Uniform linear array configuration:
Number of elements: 64
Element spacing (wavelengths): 0.75
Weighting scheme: binomial
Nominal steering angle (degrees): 45
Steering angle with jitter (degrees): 46.773
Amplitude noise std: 0.05
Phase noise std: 0.05

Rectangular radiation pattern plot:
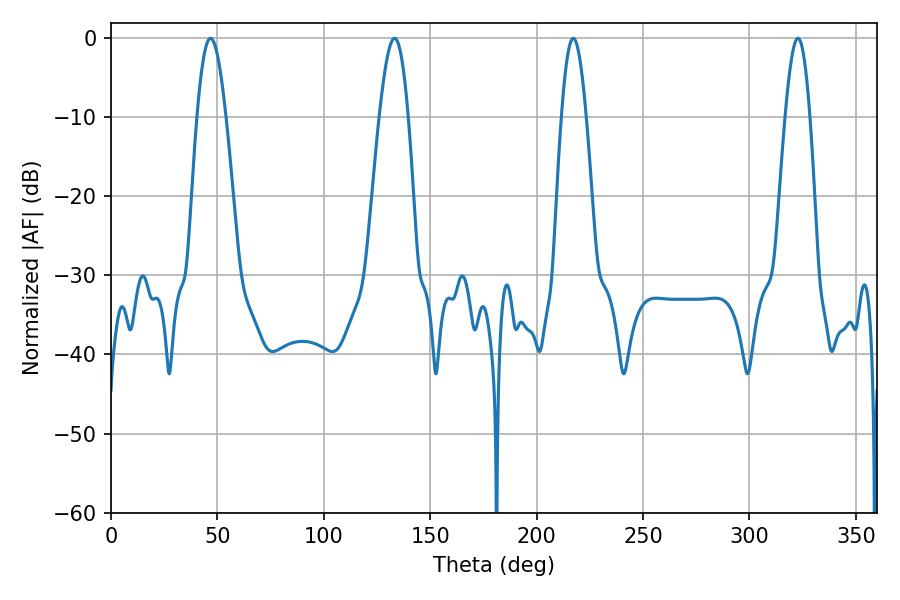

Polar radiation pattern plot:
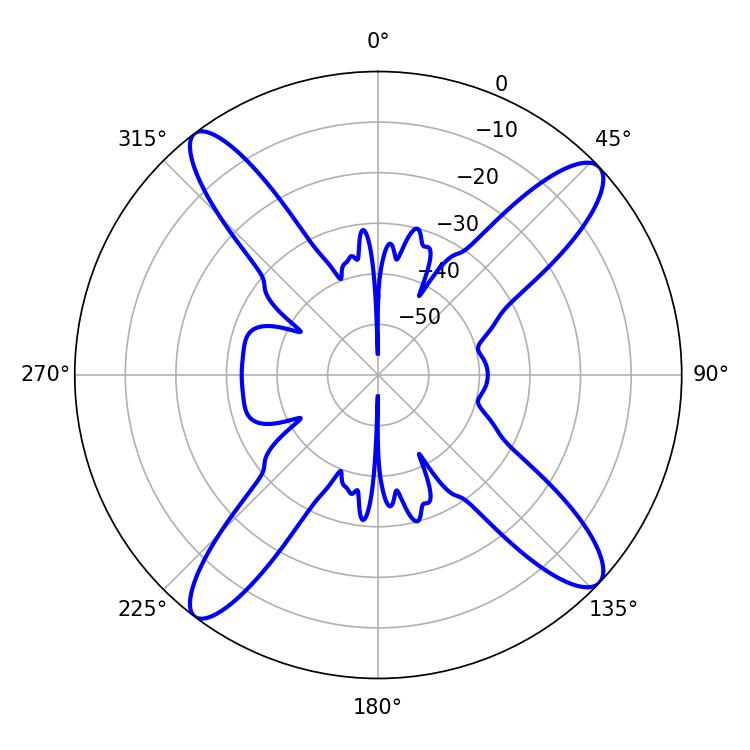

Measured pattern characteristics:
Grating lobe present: TRUE
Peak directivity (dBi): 15.324
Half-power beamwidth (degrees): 7.38
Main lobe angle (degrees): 46.8